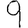
Digit: 9